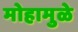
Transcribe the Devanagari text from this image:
मोहामुळे